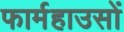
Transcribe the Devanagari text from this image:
फार्महाउसों